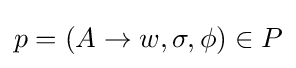
p=(A\to w,\sigma ,\phi )\in P